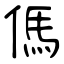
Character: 傌